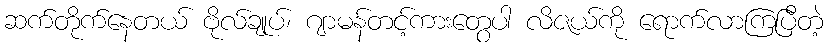
ဆက်တိုက်နေတယ် ဗိုလ်ချုပ်၊ ဂျာမန်တင့်ကားတွေပါ လိဇယ်ကို ရောက်လာကြပြီတဲ့